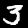
Label: 3